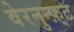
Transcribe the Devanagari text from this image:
वेरनुन्फ़्ट